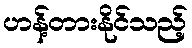
ဟန့်တားနိုင်သည့်